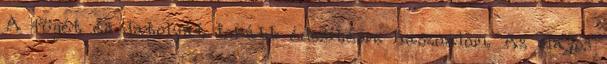
A fügét és datolyát inkább édesítésre használom. Az olajos